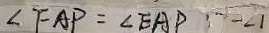
\angle F A P = \angle E A P - \angle 1